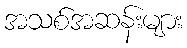
အသစ်အဆန်းများ